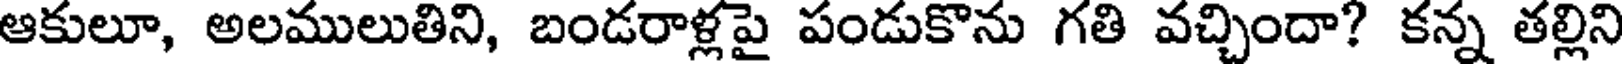
ఆకులూ, అలములుతిని, బండరాళ్లపై పండుకొను గతి వచ్చిందా? కన్న తల్లిని